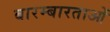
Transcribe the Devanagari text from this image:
बारम्बारताओं